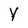
Character: Y